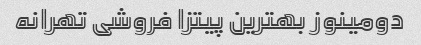
دومینوز بهترین پیتزا فروشی تهرانه